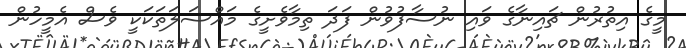
މީގެ އިތުރުން ޗައިނާގެ ވައި ނުސާފުވުން ފަދަ ތިމާވެށީގެ މައްސަލަތަކަކީ ވެސް އެމީހުން